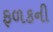
ફળકની